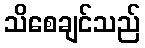
သိစေချင်သည်